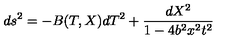
d s ^ { 2 } = - B ( T , X ) d T ^ { 2 } + \frac { d X ^ { 2 } } { 1 - 4 b ^ { 2 } x ^ { 2 } t ^ { 2 } }